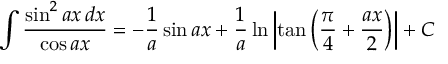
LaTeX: \int { \frac { \sin ^ { 2 } a x \, d x } { \cos a x } } = - { \frac { 1 } { a } } \sin a x + { \frac { 1 } { a } } \ln \left| \tan \left( { \frac { \pi } { 4 } } + { \frac { a x } { 2 } } \right) \right| + C